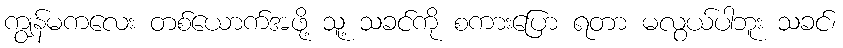
ကျွန်မကလေး တစ်ယောက်အဖို့ သူ့ သခင်ကို စကားပြော ရတာ မလွယ်ပါဘူး သခင်၊